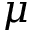
\mu